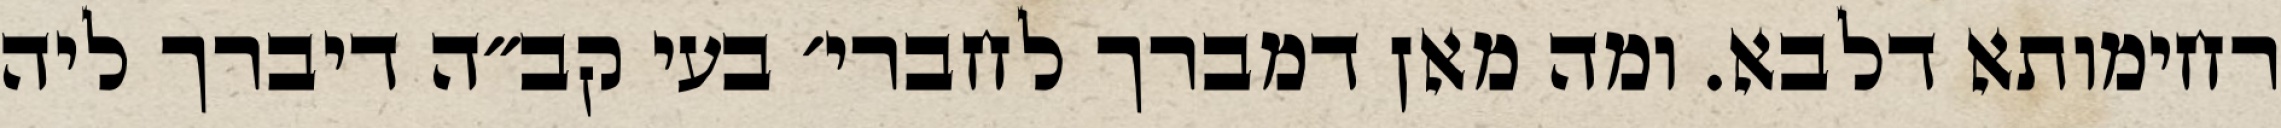
רחימותא דלבא. ומה מאן דמברך לחברי׳ בעי קב״ה דיברך ליה